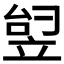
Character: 𬔟